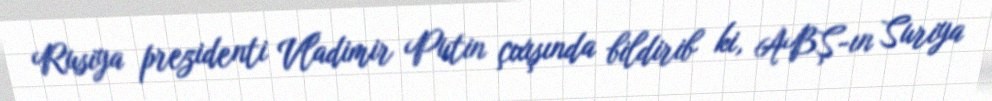
Rusiya prezidenti Vladimir Putin çıxışında bildirib ki, ABŞ-ın Suriya